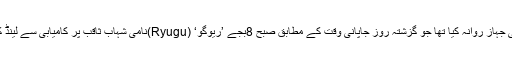
ٹوکیو: جاپان نے 4سال قبل ایک خلائی جہاز روانہ کیا تھا جو گزشتہ روز جاپانی وقت کے مطابق صبح 8بجے ’ریوگو‘ (Ryugu)نامی شہاب ثاقب پر کامیابی سے لینڈ کر گیا اور اس میں ایک گولی مار دی۔